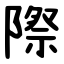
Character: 際